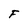
Character: F